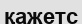
қажетс